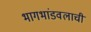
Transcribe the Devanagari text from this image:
भागभांडवलाची